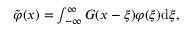
\begin{array} { r } { \tilde { \varphi } ( x ) = \int \displaylimits _ { - \infty } ^ { \infty } G ( x - \xi ) \varphi ( \xi ) \mathrm { d } \xi , } \end{array}